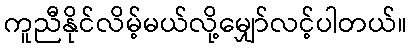
ကူညီနိုင်လိမ့်မယ်လို့မျှော်လင့်ပါတယ်။